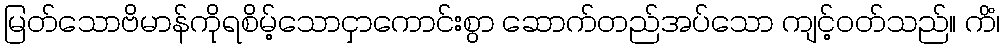
မြတ်သောဗိမာန်ကိုရစိမ့်သောငှာကောင်းစွာ ဆောက်တည်အပ်သော ကျင့်ဝတ်သည်။ ကိံ၊